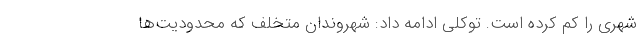
شهری را کم کرده است. توکلی ادامه داد: شهروندان متخلف که محدودیت‌ها